Annual report on the Civil Veterinary Department, Burma (including the Insein Veterinary School) - 1932-1941
Year: 1932
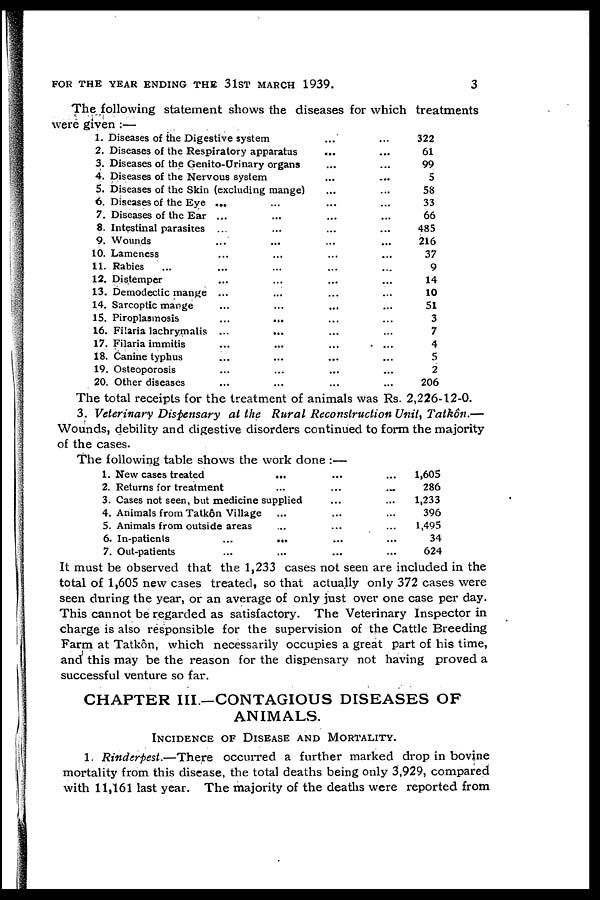
FOR THE YEAR ENDING THE 31ST MARCH 1939.
3
The following statement shows the diseases for which treatments
were given :—
1. Diseases of the Digestive system ... ...
2. Diseases of the Respiratory apparatus ... ...
3. Diseases of the Genito-Urinary organs ... ...
4. Diseases of the Nervous system ... ...
5. Diseases of the Skin (excluding mange) ... ...
6. Diseases of the Eye ... ... ... ...
7. Diseases of the Ear ... ... ... ...
8. Intestinal parasites ... ... ... ...
9. Wounds ... ... ... ... ...
10. Lameness ... ... ... ...
11. Rabies ... ... ... ... ...
12. Distemper ... ... ... ...
13. Demodectic mange ... ... ... ...
14. Sarcoptic mange ... ... ... ...
15. Piroplasmosis ... ... ... ...
16. Filaria lachrymalis ... ... ... ...
17. Filaria immitis ... ... ... ...
18. Canine typhus ... ... ... ...
19. Osteoporosis ... ... ... ...
20. Other diseases ... ... ... ...
322
61
99
5
58
33
66
485
216
37
9
14
10
51
3
7
4
5
2
206
The total receipts for the treatment of animals was Rs. 2,226-12-0.
3. Veterinary Dispensary at the Rural Reconstruction Unit, Tatkôn.—
Wounds, debility and digestive disorders continued to form the majority
of the cases.
The following table shows the work done :—
1. New cases treated ... ... ...
2. Returns for treatment ... ... ...
3. Cases not seen, but medicine supplied ... ...
4. Animals from Tatkôn Village ... ... ...
5. Animals from outside areas ... ... ...
6. In-patients ... ... ... ...
7. Out-patients ... ... ... ...
1,605
286
1,233
396
1,495
34
624
It must be observed that the 1,233 cases not seen are included in the
total of 1,605 new cases treated, so that actually only 372 cases were
seen during the year, or an average of only just over one case per day.
This cannot be regarded as satisfactory. The Veterinary Inspector in
charge is also responsible for the supervision of the Cattle Breeding
Farm at Tatkôn, which necessarily occupies a great part of his time,
and this may be the reason for the dispensary not having proved a
successful venture so far.
CHAPTER III—CONTAGIOUS DISEASES OF
ANIMALS.
INCIDENCE OF DISEASE AND MORTALITY.
1. Rinderpest.—There occurred a further marked drop in bovine
mortality from this disease, the total deaths being only 3,929, compared
with 11,161 last year. The majority of the deaths were reported from